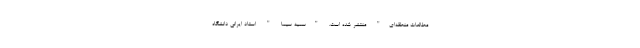
مطالعات منطقه‌ای" منتشر شده است. "سمیه سیما " استاد ایرانی دانشگاه